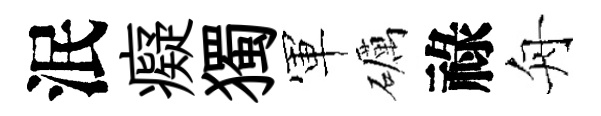
泯癡獨軍礪祿舟